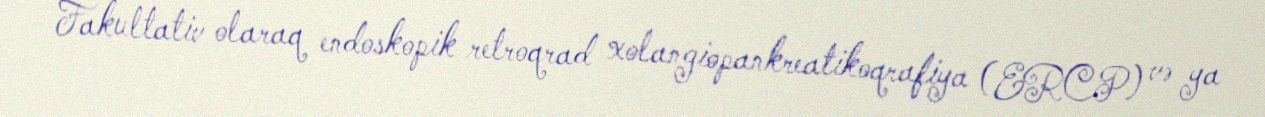
Fakultativ olaraq endoskopik retroqrad xolangiopankreatikoqrafiya (ERCP) və ya